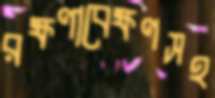
রক্ষণাবেক্ষণসহ